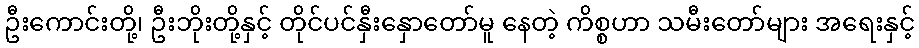
ဦးကောင်းတို့၊ ဦးဘိုးတို့နှင့် တိုင်ပင်နှီးနှောတော်မူ နေတဲ့ ကိစ္စဟာ သမီးတော်များ အရေးနှင့်